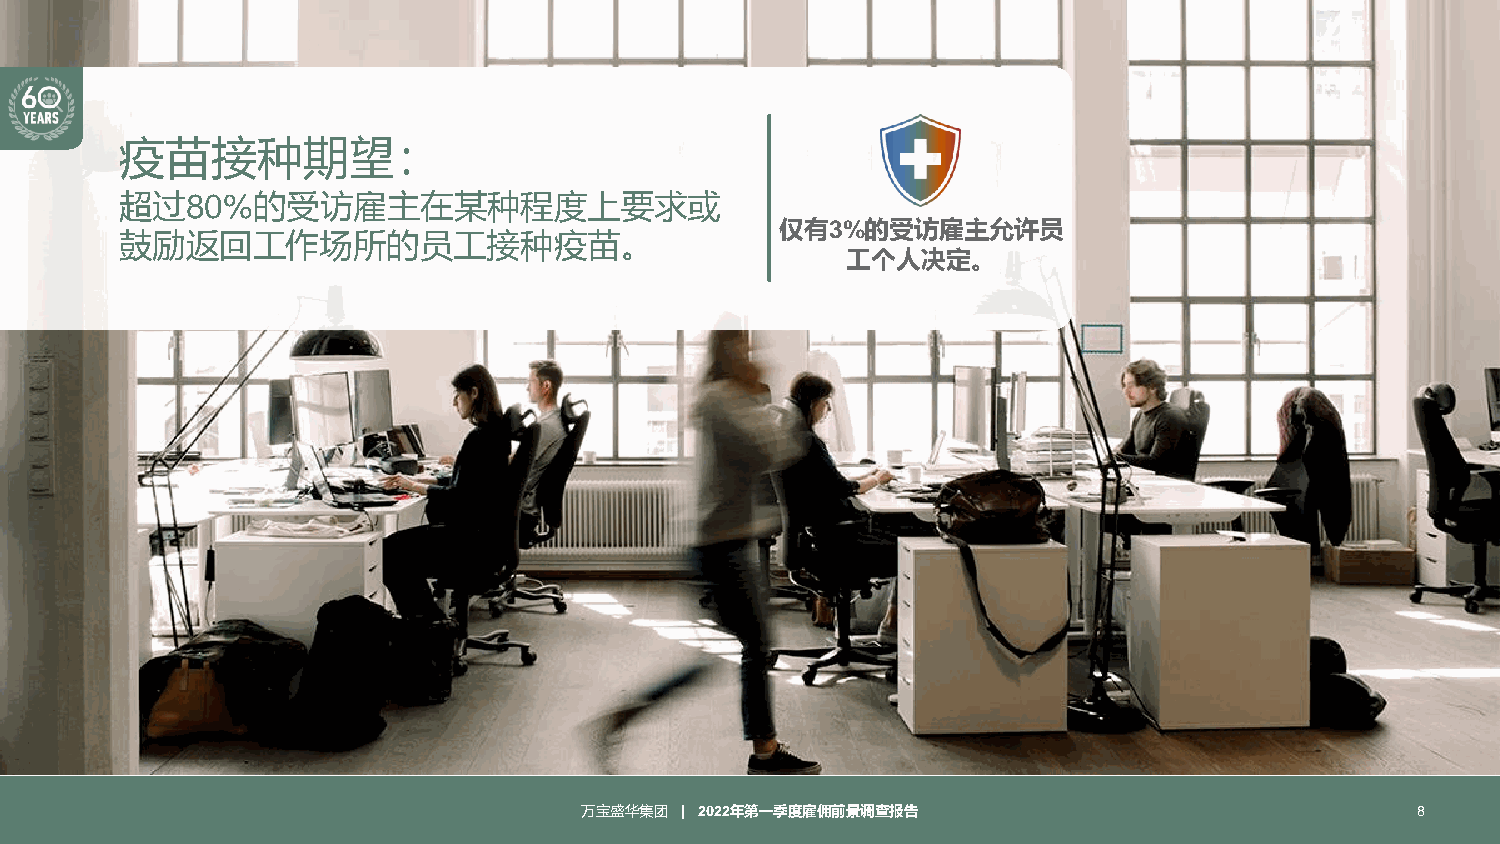
疫苗接种期望：
 超过80%的受访雇主在某种程度上要求或
 仅有3%的受访雇主允许员
 鼓励返回工作场所的员工接种疫苗。
 工个人决定。
 万宝盛华集团 | 2022年第一季度雇佣前景调查报告                              8